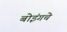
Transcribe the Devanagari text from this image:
बोइंगचे